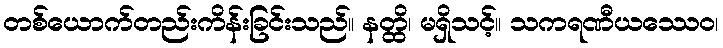
တစ်ယောက်တည်းကိန်းခြင်းသည်။ နတ္ထိ၊ မရှိသင့်။ သကရဏီယဿေဝ၊